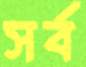
সর্ব